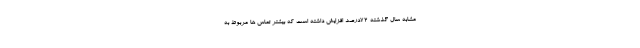
مشابه سال گذشته ٧٢درصد افزایش داشته است که بیشتر تماس ها مربوط به